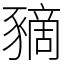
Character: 豴